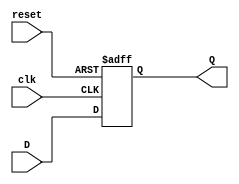
//===================================================================
// Project Name	:  12x12 bit Booth Recoded Multiplier 
// Description	:  Implement D-FF register with multiple inputs and outputs
//===================================================================

module reg_N #(
	parameter NUMBER_OF_BITS = 12
)(
	reset, clk, D, Q
);
	//Input
	input clk, reset;
	input [NUMBER_OF_BITS-1:0] D; 
	//Output
	output [NUMBER_OF_BITS-1:0] Q;
	//Register
	reg [NUMBER_OF_BITS-1:0] Q;
	
	always @ (posedge clk or posedge reset)
	if (reset==1)
	Q <= 0;
	else
	Q <= D;
endmodule